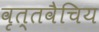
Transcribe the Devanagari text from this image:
वृत्तवैचिय